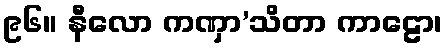
၉၆။ နီလော ကဏှာ’သိတာ ကာဠော၊